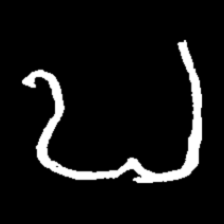
Pyu character \u2014 Myanmar letter: ဎ (romanized: ddha)